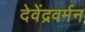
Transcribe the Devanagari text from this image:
देवेंद्रवर्मन